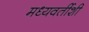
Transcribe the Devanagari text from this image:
मध्यवर्तीशी